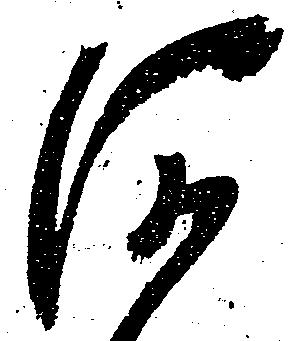
河